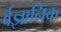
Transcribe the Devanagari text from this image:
र्वज्ञानिक